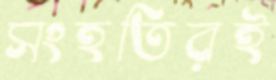
সংহতিরই